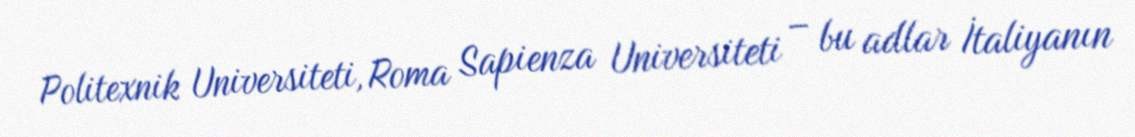
Politexnik Universiteti, Roma Sapienza Universiteti – bu adlar İtaliyanın